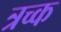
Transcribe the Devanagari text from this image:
त्रच्क